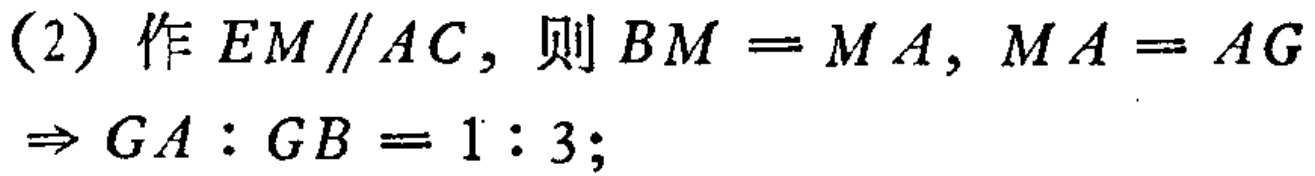
(2) 作 \(EM \parallel AC\)，则 \(BM = MA\)，\(MA = AG\)
\(\Rightarrow GA:GB = 1:3\);